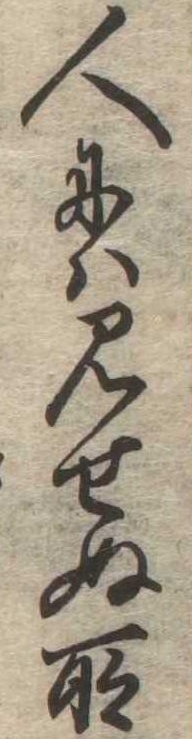
人には見せぬ所